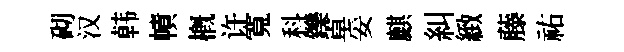
砌汉韩幘槪许寬科鑠卓妥麒糾緻藤祐